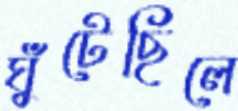
ঘুঁটেছিলে